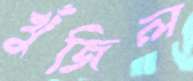
খুঁজিল